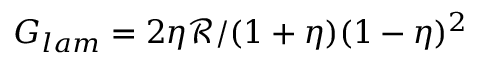
G _ { l a m } = 2 \eta \mathcal { R } / ( 1 + \eta ) ( 1 - \eta ) ^ { 2 }